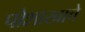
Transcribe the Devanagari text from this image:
पोशाखाचे